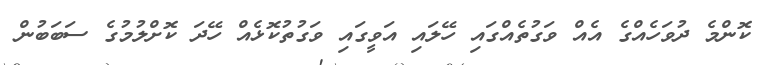
ކޮންމެ ދުވަހެއްގެ އެއް ވަގުތެއްގައި ހޭލައި އަވީގައި ވަގުތުކޮޅެއް ހޭދަ ކޮށްލުމުގެ ސަބަބުން